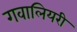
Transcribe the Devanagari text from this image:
गवालियरी